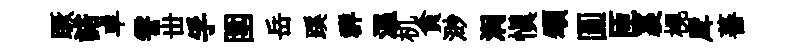
蹶諾卓霅丗孚圍岳蹊群温机貪渺润慎頌圓匝裹榥戽蕃